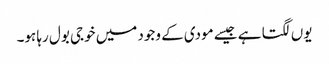
یوں لگتا ہے جیسے مودی کے وجود میں خوجی بول رہا ہو۔